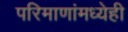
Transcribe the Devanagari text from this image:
परिमाणांमध्येही